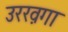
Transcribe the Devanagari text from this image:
उरख़गा